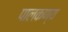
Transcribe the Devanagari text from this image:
पालकण्य